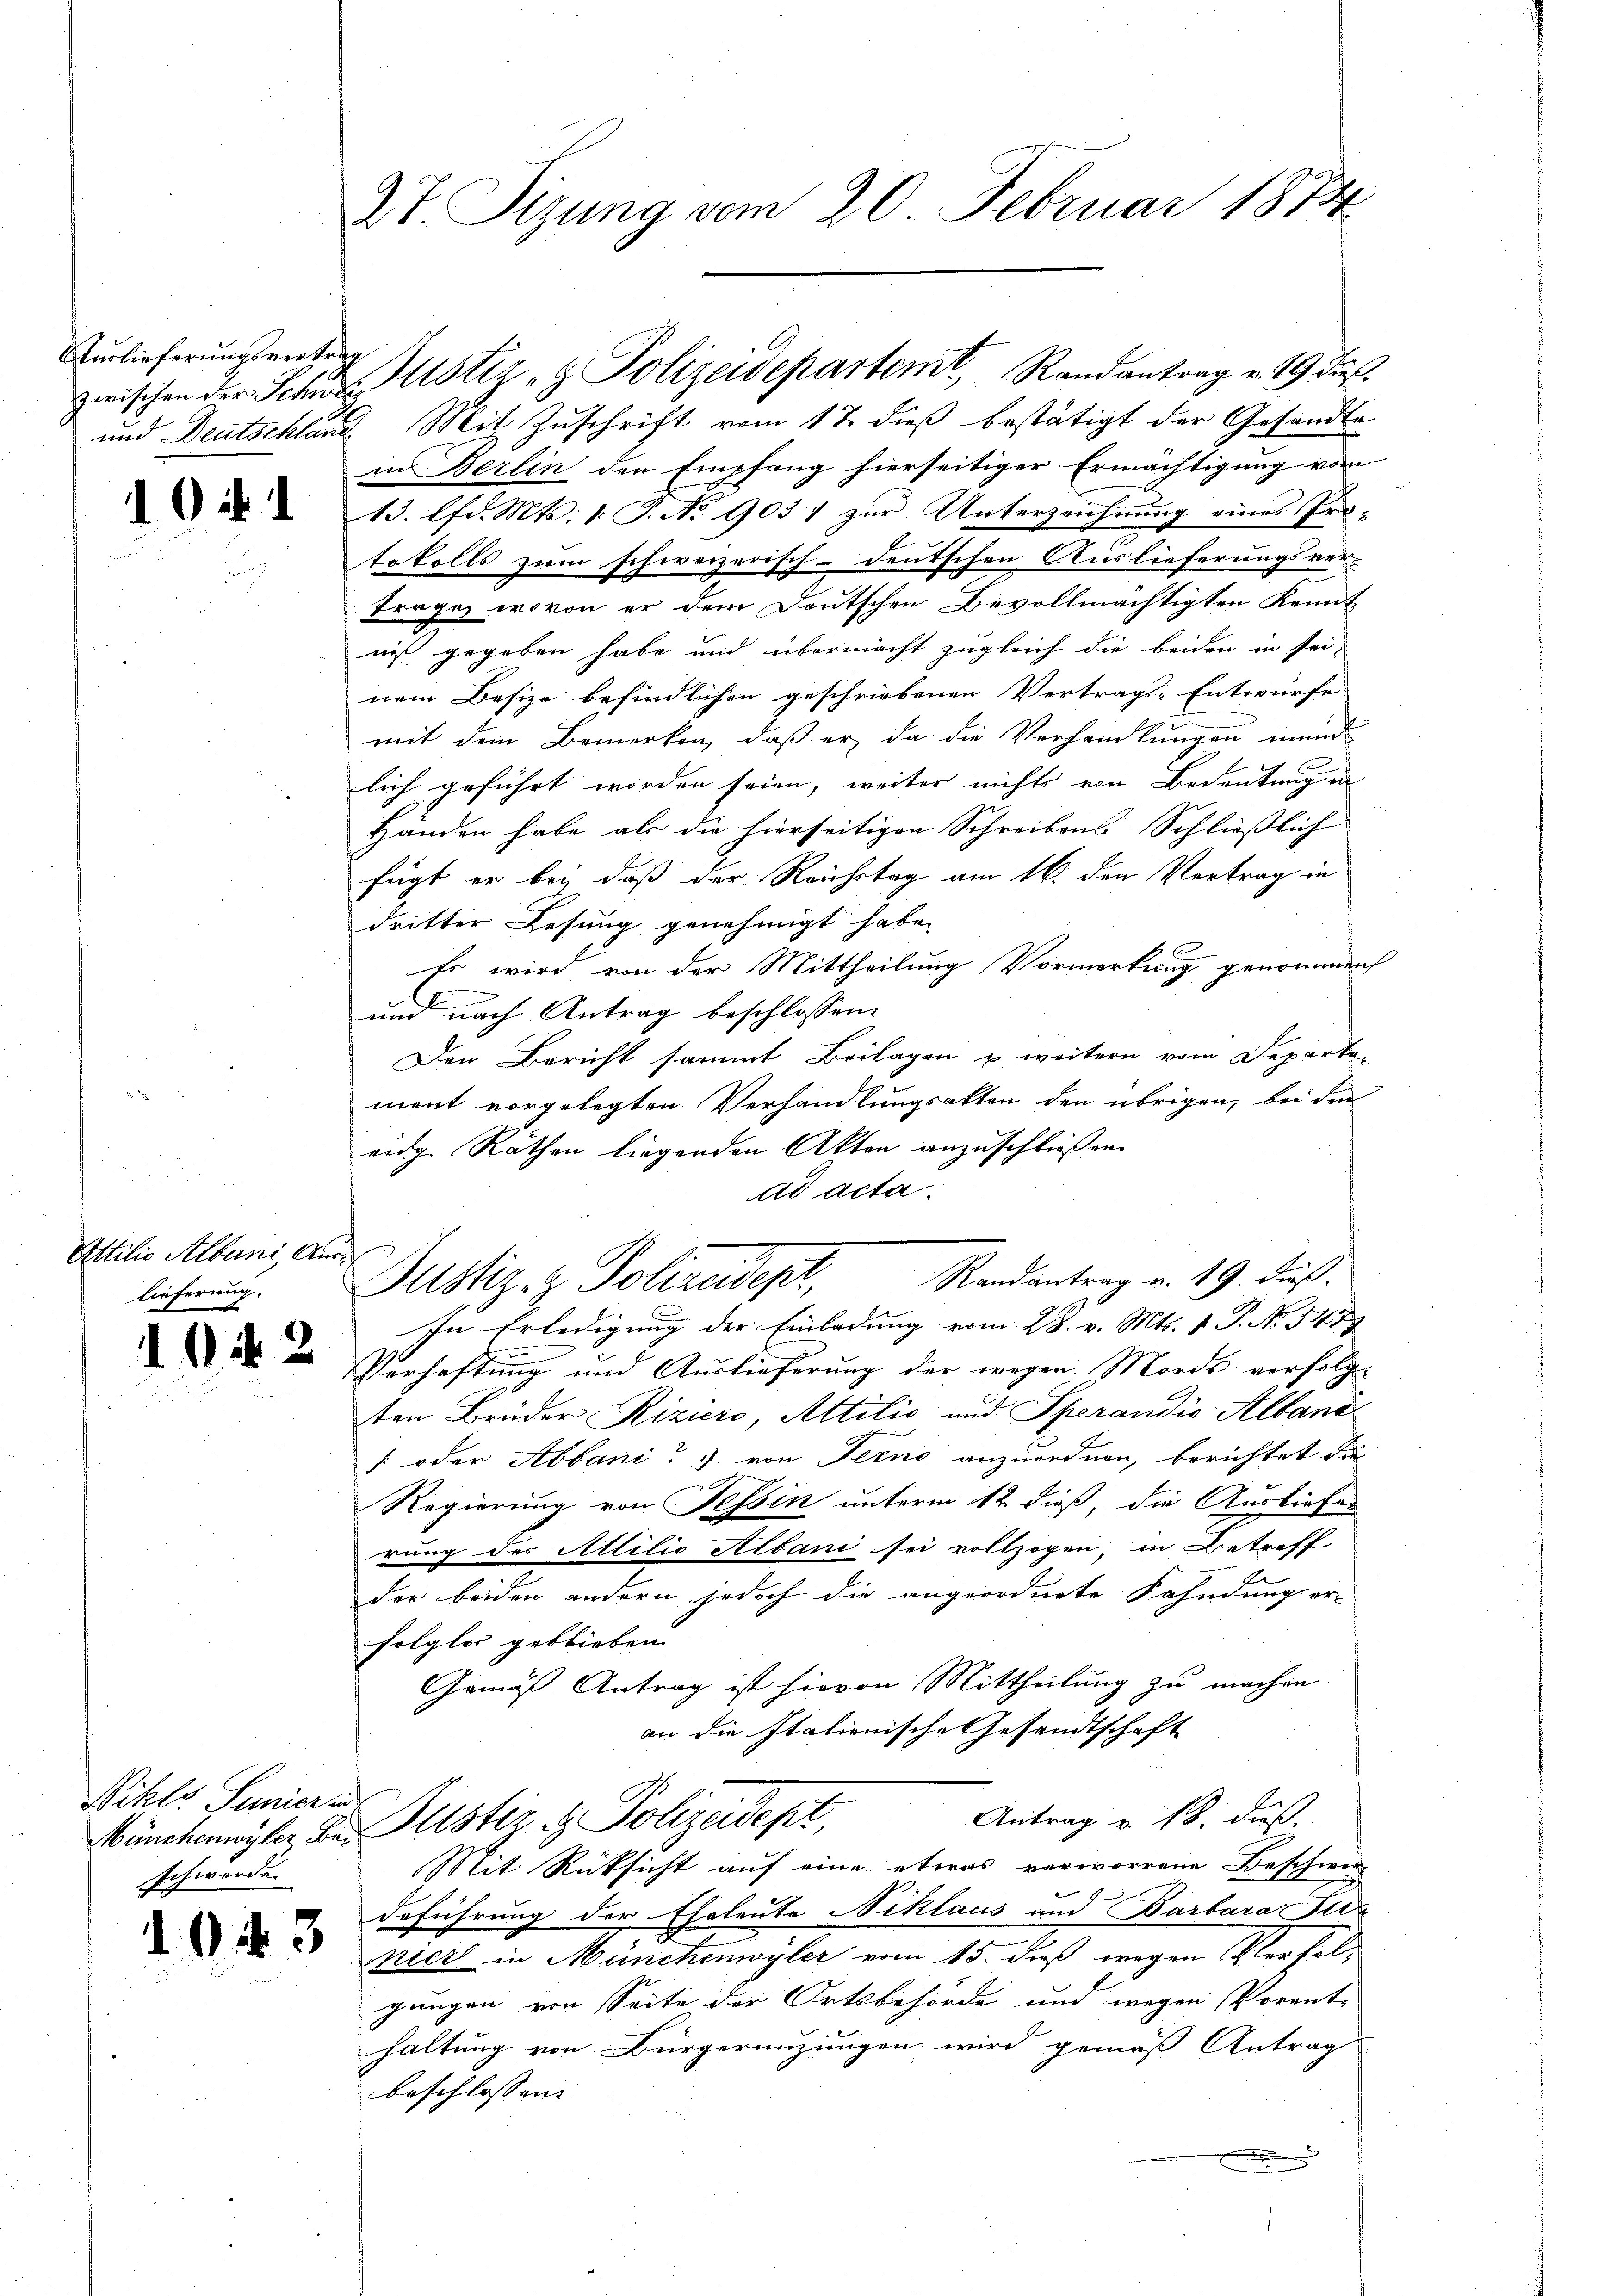
Auslieferungsvertrag

10 f 1

Attilio Albani, Auslieferung.

12

Wihls Summiert
Münchenwyler Ber
schwerde.

194. 3

Dr. Sitzung vom 20. Februar 1874

und Deutschland Mit Zuschrift vom 17. dieß bestätigt der Gesandte
in Berlin den Empfang hierseitiger Ermächtigung vom
13. lfd. Mts. 1. J. No 903) zur Unterzeichnung eines Pro-
E
tokolls zum schweizerisch-deutschen Auslieferungsver-
trage, wovon er dem Deutschen Bevollmächtigten Kennt
nis gegeben habe und übermacht zugleich die beiden in sei-
nem Besize befindlichen geschriebenen Vertrags-Entwürfe
mit dem Bemerken, daß er, da die Verhandlungen mund
lich geführt worden seien, weiter nichts von Bedeutung in
Händen habe als die hierseitigen Schreibens Schließlich
fügt er bei daß der Reichstag am 16. den Vertrag in
dritter Lesung genehmigt habe.
Es wird von der Mittheilung Vormerkung genommen
und nach Antrag beschlossen:
Den Bericht sammt Beilagen u weitern vom Departe-
mont vorgelegten Verhandlungsakten den übrigen, bei den
eidg. Räthen liegenden Akten anzuschließen.
ad acta.
Randantrag v. 19. dieß.
Justiz- & Pollaudept,
In Erledigung der Einladung vom 28. v. Mts. 1. P. No. 3479
n
Verhaftung und Auslieferung der wegen Mords verfolge
ten Brüder Riziers, Attilio und Sperandio Alband
[oder Abbani J. von Ferno anzuordnen, berichtet die
Regierung von Tessin unterm 12 dieß, die Ausliefer
rung des Attilio Albani sei vollzogen, in Betreff
der beiden andern jedoch die angeordnete Fahndung er-
folglos geblieben |
Gemäß Antrag ist hievon Mittheilung zu machen
an die stationische Gesandtschaft
Antrag v. 18. dieß.
Justiz & Polizeidept,
Mit Rücksicht auf eine etwas verworrene Beschwer
deführung der Eheleute Niklaus und Barbara Sie
niers in Münchenwyler vom 15. dieß wegen Verfolgungen von Seite der Ortsbehörde und wegen Vorent- |
haltung von Bürgerenzungen wird gemäß Antrag
beschlossen: |
.

zwischen der Schristiz- & Polizeidepartemt, Randantrag v. 19 di